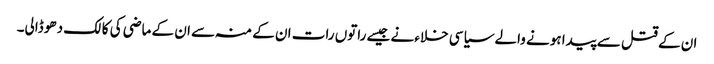
ان کے قتل سے پیدا ہونے والے سیاسی خلاء نے جیسے راتوں رات ان کے منہ سے ان کے ماضی کی کالک دھو ڈالی۔